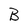
Character: B